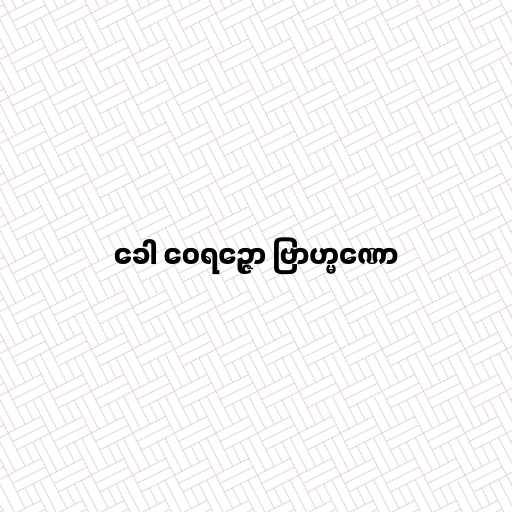
ခေါ ဝေရဉ္ဇော ဗြာဟ္မဏော